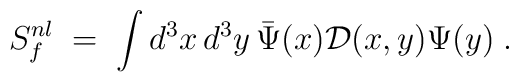
S_f^{nl}\;=\; \int d^3x\,d^3y\, \bar{\Psi}(x) \mathcal{D}(x,y) \Psi(y) \;.